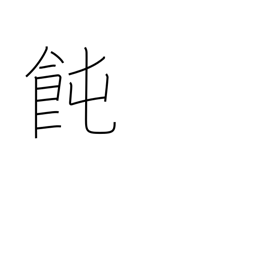
Meaning: Japanese noodles